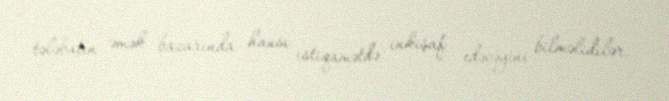
tələbatın əmək bazarında hansı istiqamətdə inkişaf edəcəyini bilməlidilər.